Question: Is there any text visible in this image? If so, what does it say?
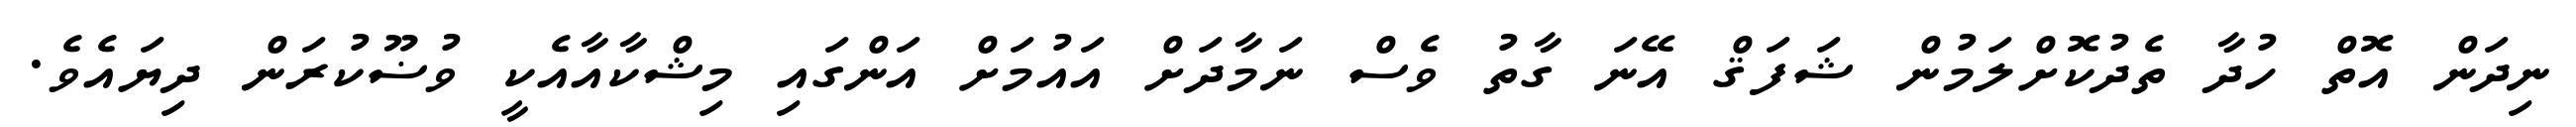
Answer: ނިދަން އޮތް ހުދާ ތެދުކޮށްލަމުން ޝަފަޤް އޭނަ ގާތު ވެސް ނަމާދަށް އައުމަށް އަންގައި މިޝްކާއާއެކީ ވުޟޫކުރަން ދިޔައެވެ.